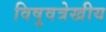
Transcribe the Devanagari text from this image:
विषुवत्रेखीय